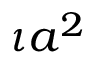
\iota a ^ { 2 }